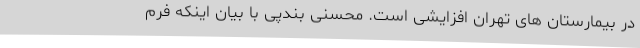
در بیمارستان های تهران افزایشی است. محسنی بندپی با بیان اینکه فرم